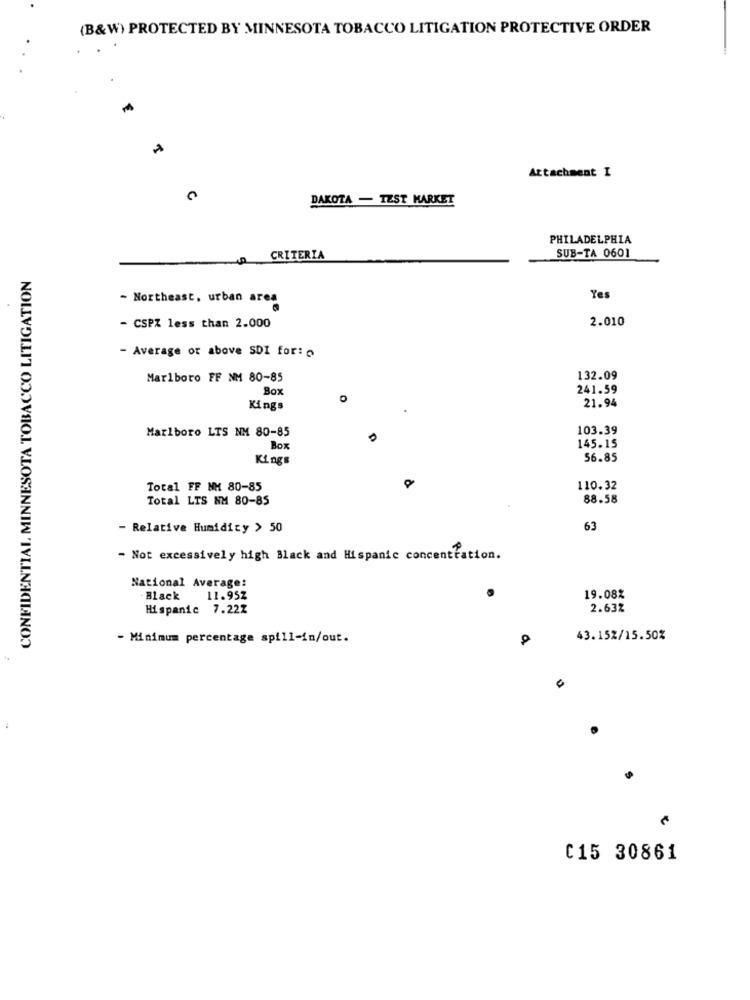
(B&W) PROTECTED BY MINNESOTA TOBACCO LITIGATION PROTECTIVE ORDER
Attachment I
DAKOTA - TEST MARKET
PHILADELPHIA
CRITERIA
SUB-TA 0601
CONFIDENTIAL MINNESOTA TOBACCO LITIGATION
- Northeast. urban area
Yes
2.010
- CSPZ less than 2.000
- Average or above SDI for:
Marlboro FF NM 80-85
132.09
Box
241.59
Kings
21.94
Marlboro LTS NM 80-85
103.39
Box
145.15
Kings
56.85
Total FF MM 80-85
110.32
Total LTS NM 80-85
88.58
- Relative Humidity > 50
63
- Not excessively high Black and Hispanic concentration.
National Average:
Black
11.95Z
19.08%
Hispanic 7.22Z
2.63%
- Minimum percentage spill-in/out.
43.152/15.50%
C15 30861